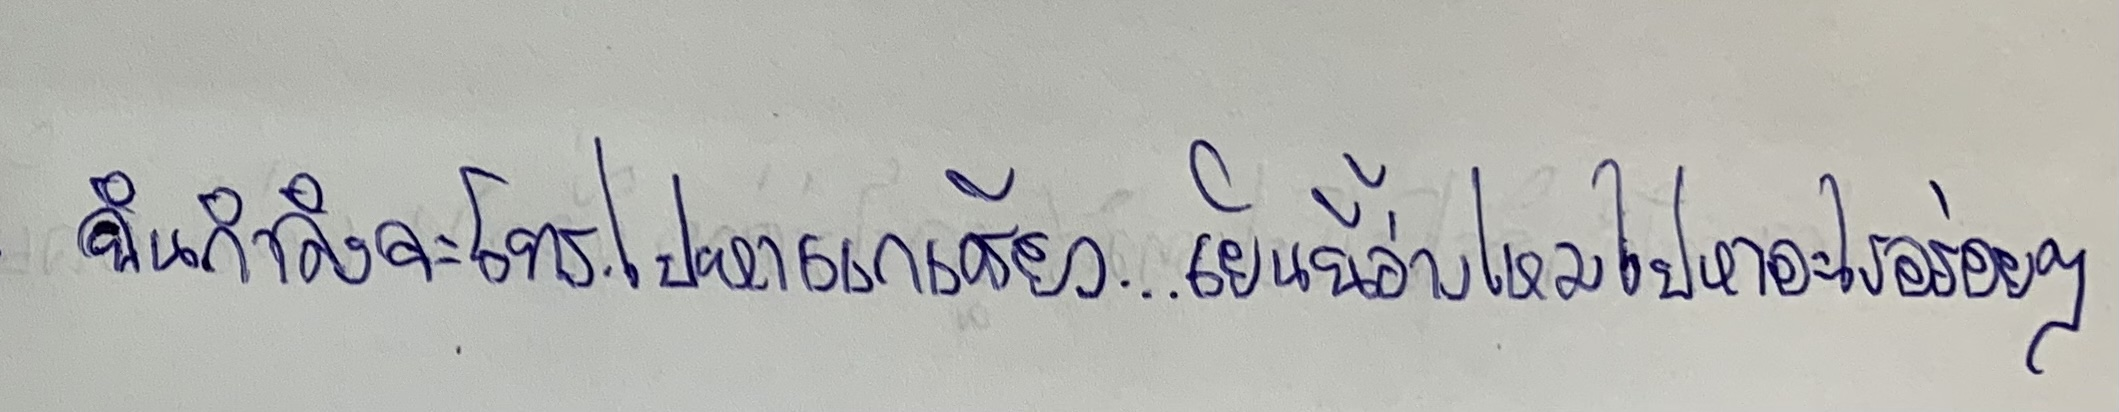
ฉันกำลังจะโทร.ไปหาแกเชียว...เย็นนี้ว่างไหมไปหาอะไรอร่อยๆ